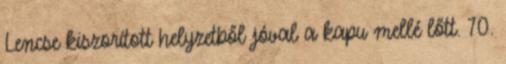
Lencse kiszorított helyzetből jóval a kapu mellé lőtt. 70.